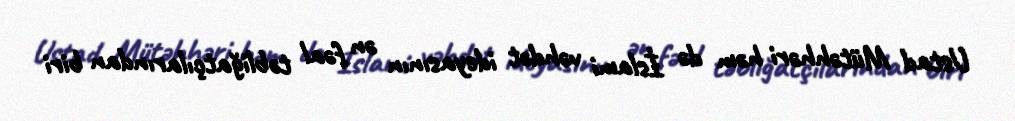
Ustad Mütəhhəri həm də İslami vəhdət ideyasının ən fəal təbliğatçılarından biri